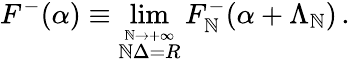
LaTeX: F^{-}(\alpha)\equiv\operatorname*{lim}_{\stackrel{\mathbb{N}\rightarrow+\infty}{\mathbb{N}\Delta=R}}F_{\mathbb{N}}^{-}(\alpha+\Lambda_{\mathbb{N}})\, .